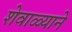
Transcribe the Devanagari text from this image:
शेवाळ्याने